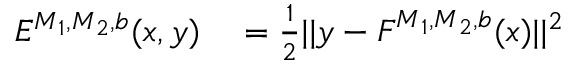
\begin{array} { r l } { E ^ { \boldsymbol { M } _ { 1 } , \boldsymbol { M } _ { 2 } , \boldsymbol { b } } ( \boldsymbol { x } , \boldsymbol { y } ) } & { { } = \frac { 1 } { 2 } | | \boldsymbol { y } - \boldsymbol { F } ^ { \boldsymbol { M } _ { 1 } , \boldsymbol { M } _ { 2 } , \boldsymbol { b } } ( \boldsymbol { x } ) | | ^ { 2 } } \end{array}